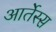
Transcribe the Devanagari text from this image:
आर्तेस्स